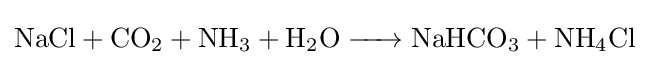
{\ce {NaCl + CO2 + NH3 + H2O -> NaHCO3 + NH4Cl}}